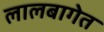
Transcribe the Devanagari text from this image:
लालबागेत